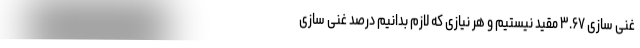
غنی سازی ۳.۶۷ مقید نیستیم و هر نیازی که لازم بدانیم درصد غنی سازی